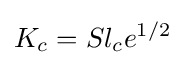
K_{c}=Sl_{c}e^{\text{1/2}}